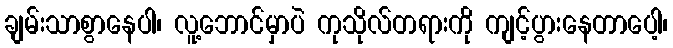
ချမ်းသာစွာနေပါ၊ လူ့ဘောင်မှာပဲ ကုသိုလ်တရားကို ကျင့်ပွားနေတာပေါ့၊